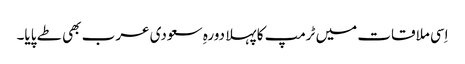
اِسی ملاقات میں ٹرمپ کا پہلا دورہِ سعودی عرب بھی طے پایا۔